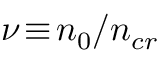
\nu \! \equiv \! n _ { 0 } / n _ { c r }